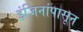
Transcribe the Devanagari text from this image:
इंजिनांपासून